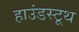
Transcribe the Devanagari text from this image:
हाउंडस्टूथ